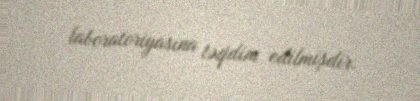
laboratoriyasına təqdim edilmişdir.